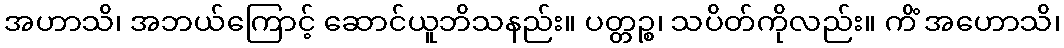
အဟာသိ၊ အဘယ်ကြောင့် ဆောင်ယူဘိသနည်း။ ပတ္တဉ္စ၊ သပိတ်ကိုလည်း။ ကိံ အဟောသိ၊